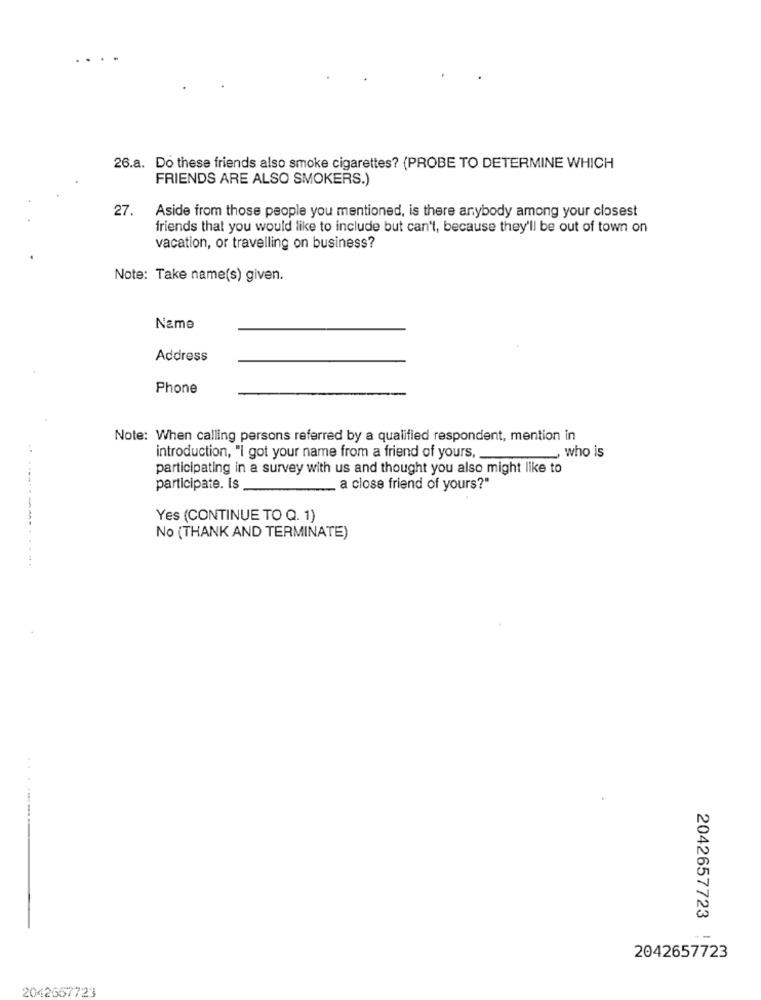
..
26.a. Do these friends also smoke cigarettes? (PROBE TO DETERMINE WHICH
FRIENDS ARE ALSO SMOKERS.)
27.
Aside from those people you mentioned, is there anybody among your closest
friends that you would like to include but can't, because they'll be out of town on
vacation, or travelling on business?
Note: Take name(s) given.
Name
Address
Phone
Note: When calling persons referred by a qualified respondent, mention in
..
introduction, "I got your name from a friend of yours ,__
who is
participating in a survey with us and thought you also might like to
participate. Is
___ a close friend of yours?"
Yes (CONTINUE TO Q. 1)
No (THANK AND TERMINATE)
2042657723
2042657723
2042557723